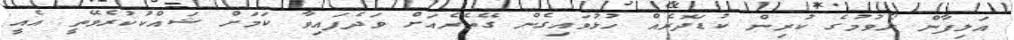
އަލިފާން ރޯވުމުގެ ކުރިން ކުޑަދޮރެއް ހުޅުވައިގެން ގޭތެރެއަށް ވަދެފައިވާ ކަމަށް ޝައްކުކުރެވޭތީ އެއީ